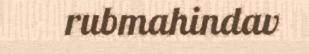
rubmahindav